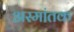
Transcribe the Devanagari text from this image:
अस्मांतक